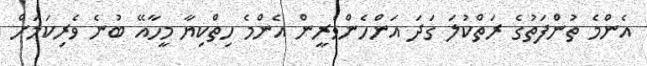
އެންމެ ތުންފަތުގެ ރަތްކުލަ ގަދަ އަންހެންވެރީން އެންމެ ހިތްކިޔާ މީހާއޭ ބުނެ ވެރިކަމަށް